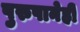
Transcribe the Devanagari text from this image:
पुरुषानेही